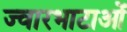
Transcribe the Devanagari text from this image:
ज्वारभाटाओं